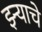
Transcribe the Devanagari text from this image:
झ्ऱ्याचे